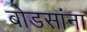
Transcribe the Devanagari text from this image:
बोडसांना